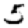
Digit: 5